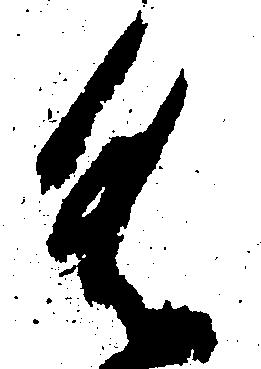
具